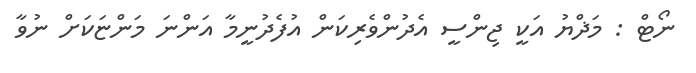
ނޯޓް : މަޛްޔު އަކީ ޖިންސީ އެދުންވެރިކަން އުފެދުނީމާ އަންނަ މަންޏަކަށް ނުވާ